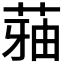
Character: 𮏬